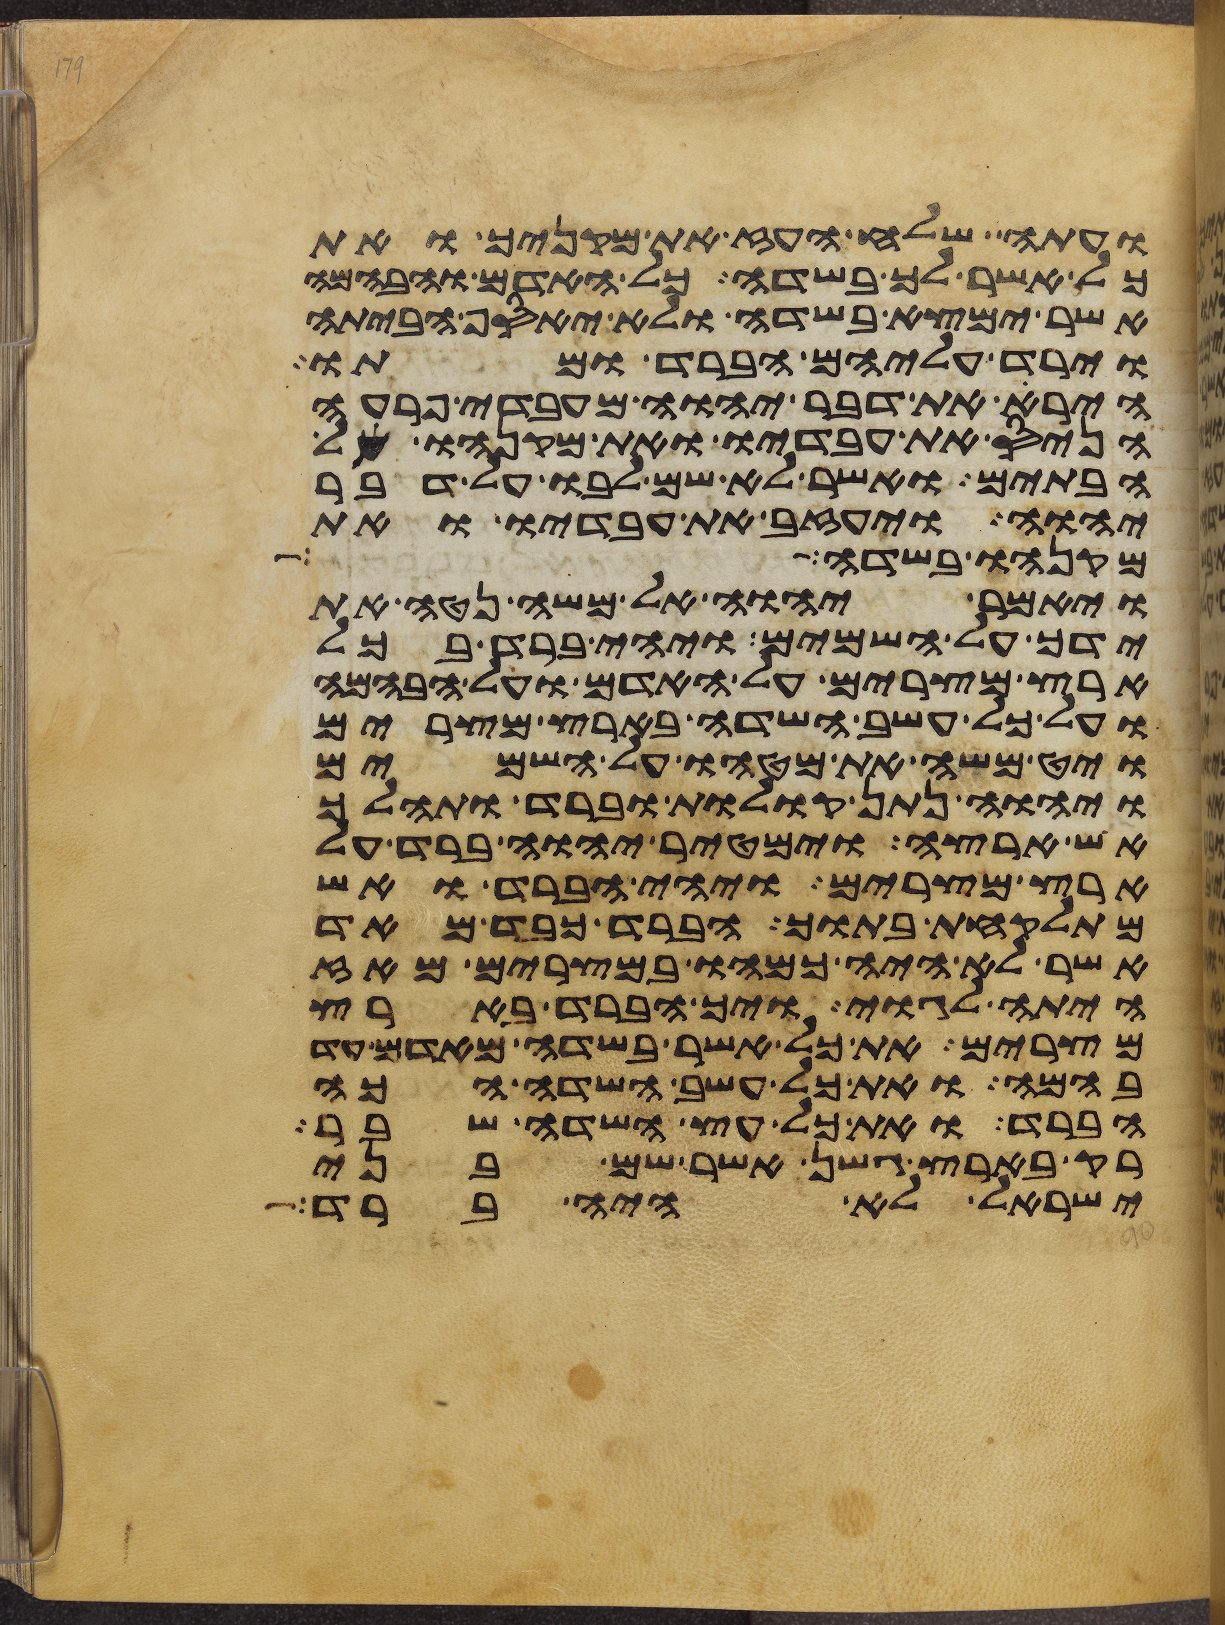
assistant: ועתה שלח העז את מקניך ואת
כל אשר לך בשדה כל האדם והבהמה
אשר ימצא בשדה ולא יאסף הביתה
וירד עליהם הברד ומתו
הירא את דבר יהוה מעבדי פרעה
הניס את עבדיו ואת מקנהו אל
הבתים ואשר לא שם לבו על דבר
יהוה ויעזב את עבדיו ואת
מקנהו בשדה
ויאמר יהוה אל משה נטה את
ידך על השמים ויהי ברד בכל
ארץ מצרים על האדם ועל הבהמה
ועל כל עשב השדה בארץ מצרים
ויט משה את מטהו על השמים
ויהוה נתן קולות וברד ותהלך
אש ארצה וימטיר יהוה ברד על
ארץ מצרים ויהי הברד ואש
מתלקחת בתוך הברד כבד מאד
אשר לא היה כמהו במצרים מאז
היתה לגוי ויך הברד בארץ
מצרים את כל אשר בשדה מאדם עד
בהמה ואת כל עשב השדה הכה
הברד ואת כל עץ השדה שבר
רק בארץ גשן אשר שם בני
ישראל לא היה ברד